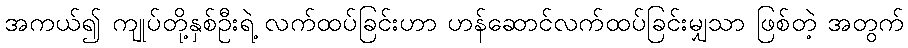
အကယ်၍ ကျုပ်တို့နှစ်ဦးရဲ့ လက်ထပ်ခြင်းဟာ ဟန်ဆောင်လက်ထပ်ခြင်းမျှသာ ဖြစ်တဲ့ အတွက်